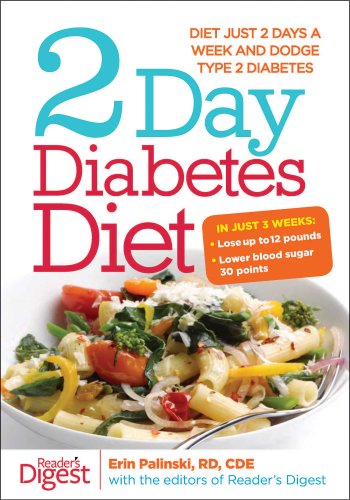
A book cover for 2-Day Diabetes Diet: Diet Just 2 Days a Week and Dodge Type 2 Diabetes; Erin Palinski; Cookbooks, Food & Wine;